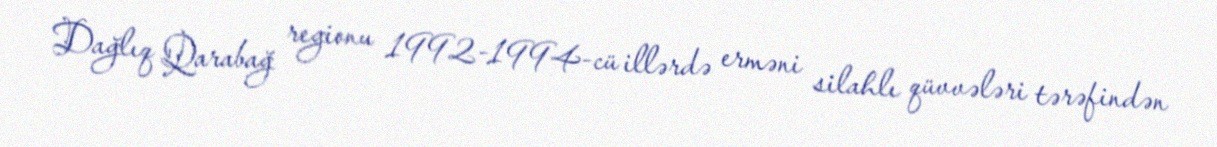
Dağlıq Qarabağ regionu 1992-1994-cü illərdə erməni silahlı qüvvələri tərəfindən